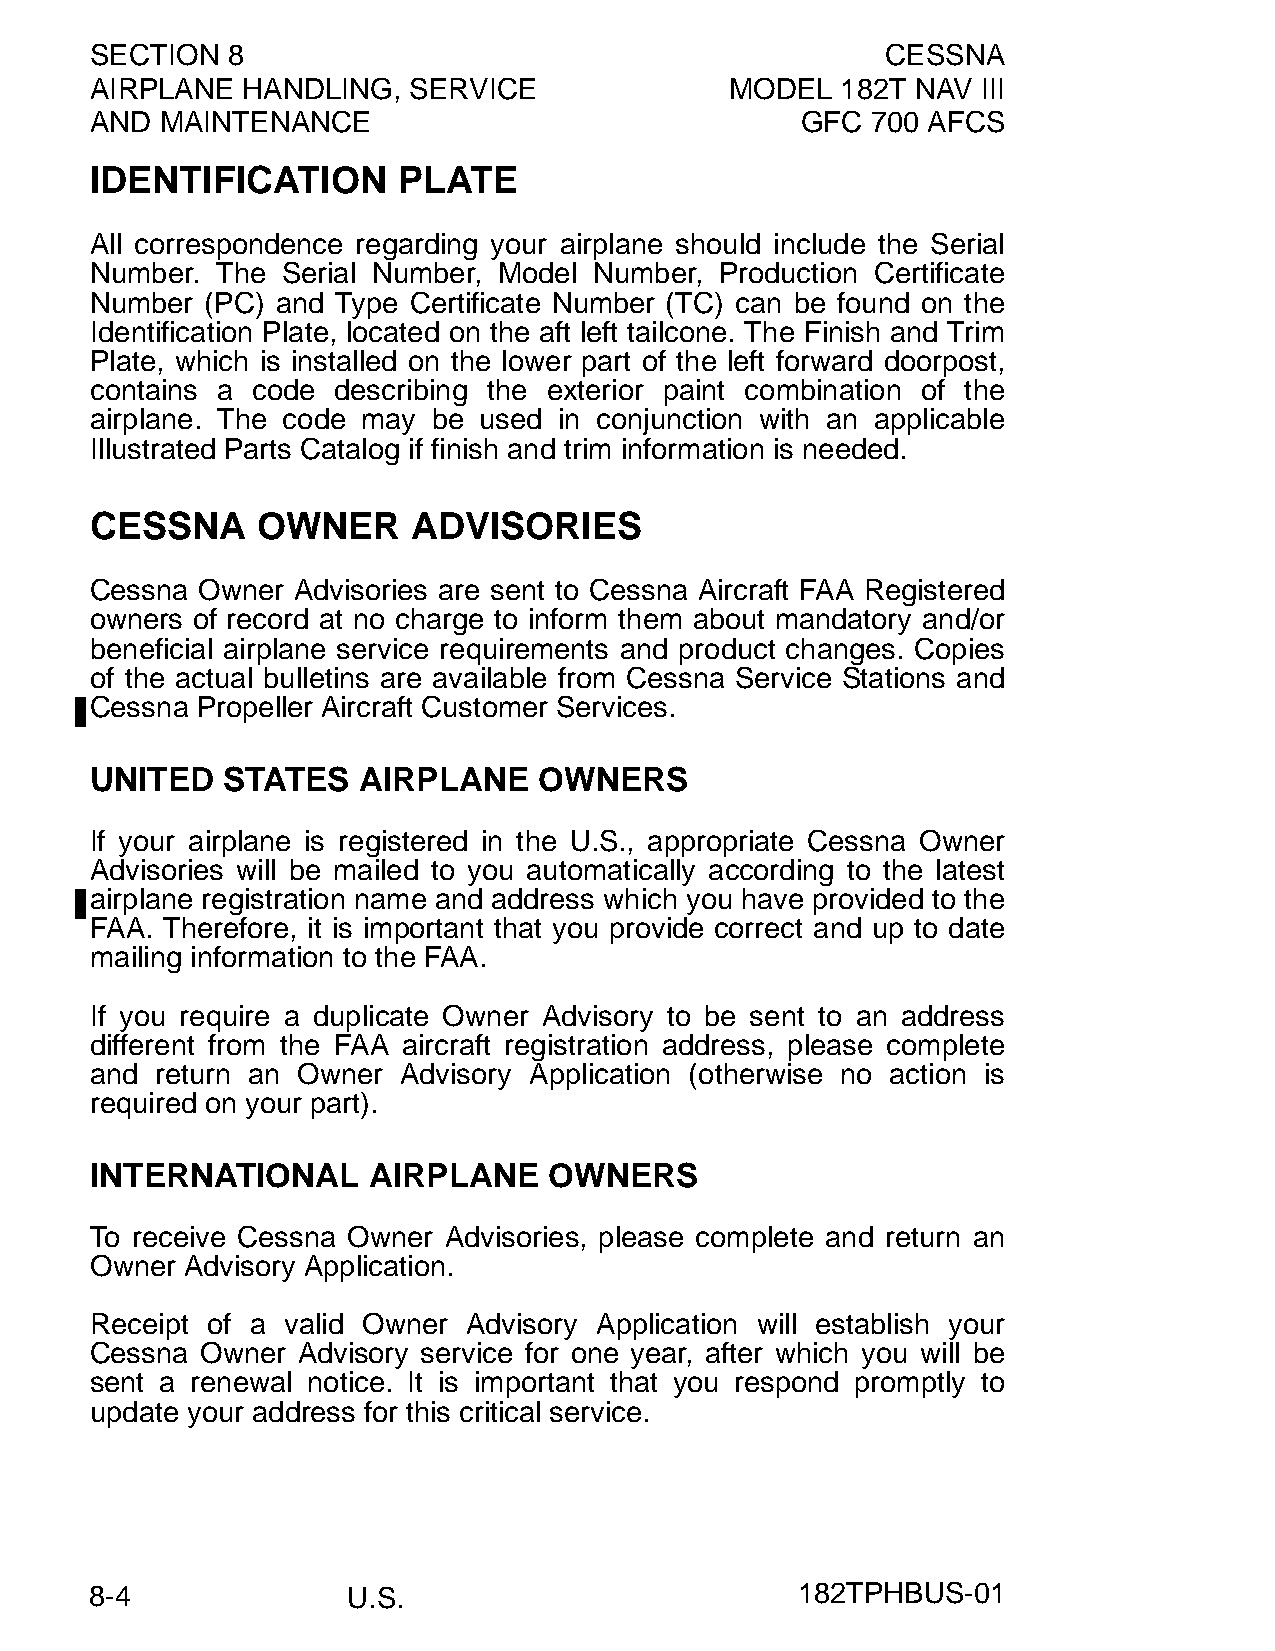
SECTION  8                                           CESSNA
 AIRPLANE  HANDLING,  SERVICE              MODEL   182T NAV III
 AND  MAINTENANCE                               GFC  700 AFCS
 IDENTIFICATION      PLATE
 All correspondence regarding your airplane should include the Serial
 Number. The  Serial Number, Model Number, Production Certificate
 Number  (PC) and Type Certificate Number (TC) can be found on the
 Identification Plate, located on the aft left tailcone. The Finish and Trim
 Plate, which is installed on the lower part of the left forward doorpost,
 contains a code describing the exterior paint combination of the
 airplane. The code may be used in conjunction with an applicable
 Illustrated Parts Catalog if finish and trim information is needed.
 CESSNA     OWNER     ADVISORIES
 Cessna Owner Advisories are sent to Cessna Aircraft FAA Registered
 owners of record at no charge to inform them about mandatory and/or
 beneficial airplane service requirements and product changes. Copies
 of the actual bulletins are available from Cessna Service Stations and
 Cessna Propeller Aircraft Customer Services.
 UNITED   STATES   AIRPLANE    OWNERS
 If your airplane is registered in the U.S., appropriate Cessna Owner
 Advisories will be mailed to you automatically according to the latest
 airplane registration name and address which you have provided to the
 FAA. Therefore, it is important that you provide correct and up to date
 mailing information to the FAA.
 If you require a duplicate Owner Advisory to be sent to an address
 different from the FAA aircraft registration address, please complete
 and return an Owner  Advisory Application (otherwise no action is
 required on your part).
 INTERNATIONAL     AIRPLANE    OWNERS
 To receive Cessna Owner Advisories, please complete and return an
 Owner Advisory Application.
 Receipt of a valid Owner Advisory Application will establish your
 Cessna Owner  Advisory service for one year, after which you will be
 sent a renewal notice. It is important that you respond promptly to
 update your address for this critical service.
 8-4              U.S.                          182TPHBUS-01